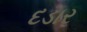
દડાર